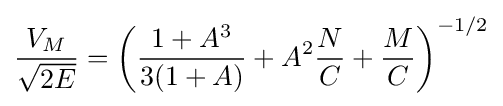
{\frac {V_{M}}{\sqrt {2E}}}=\left({\frac {1+A^{3}}{3(1+A)}}+A^{2}{\frac {N}{C}}+{\frac {M}{C}}\right)^{-1/2}